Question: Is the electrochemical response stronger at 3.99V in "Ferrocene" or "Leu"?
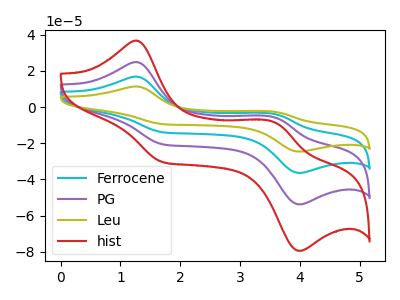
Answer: <think>The cyan curve "Ferrocene" has anodic peaks at (1.25V, 49.65uA) (3.60V, -11.55uA) and cathodic peaks at (1.70V, -41.20uA) (4.00V, -107.50uA). The purple curve "PG" has anodic peaks at (1.25V, 24.85uA) (3.60V, -5.75uA) and cathodic peaks at (1.70V, -20.60uA) (4.00V, -53.75uA). The olive curve "Leu" has anodic peaks at (1.25V, 74.50uA) (3.60V, -17.30uA) and cathodic peaks at (1.70V, -61.80uA) (4.00V, -161.25uA). The red curve "hist" has anodic peaks at (1.25V, 36.70uA) (3.60V, -8.55uA) and cathodic peaks at (1.70V, -30.45uA) (4.00V, -79.40uA).</think>
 <answer>The peak at 3.99V is lower in "Ferrocene" than in "Leu".</answer>
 <eval>lower</eval>